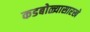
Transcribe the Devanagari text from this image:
कडबोळ्यासारखे